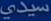
سيدي